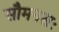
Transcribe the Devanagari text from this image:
सौमनसः